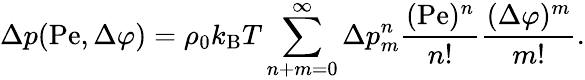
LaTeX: \Delta p(\mathrm{Pe},\Delta\varphi)=\rho_{0}k_{\mathrm{B}}T\sum_{n+m=0}^{\infty}\Delta p_{m}^{n}\frac{(\mathrm{Pe})^{n}}{n!}\frac{(\Delta\varphi)^{m}}{m!}.